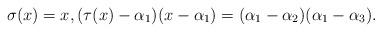
LaTeX: \begin{align*} \sigma(x)=x,(\tau(x)-\alpha_1)(x-\alpha_1)=(\alpha_1-\alpha_2)(\alpha_1-\alpha_3). \end{align*}